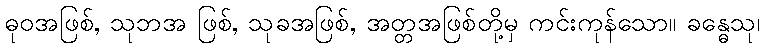
ဓုဝအဖြစ်, သုဘအ ဖြစ်, သုခအဖြစ်, အတ္တအဖြစ်တို့မှ ကင်းကုန်သော။ ခန္ဓေသု၊